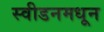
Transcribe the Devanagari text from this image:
स्वीडनमधून